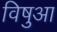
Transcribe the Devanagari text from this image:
विषुआ